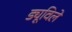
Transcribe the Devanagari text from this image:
ड्यूविले